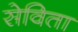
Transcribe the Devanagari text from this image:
सेविता